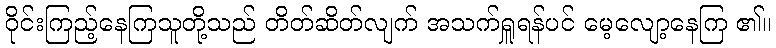
ဝိုင်းကြည့်နေကြသူတို့သည် တိတ်ဆိတ်လျက် အသက်ရှူရန်ပင် မေ့လျော့နေကြ ၏။